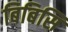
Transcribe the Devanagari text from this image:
बिबिसि